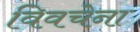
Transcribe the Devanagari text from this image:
विवचेना